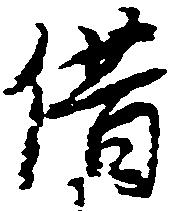
借